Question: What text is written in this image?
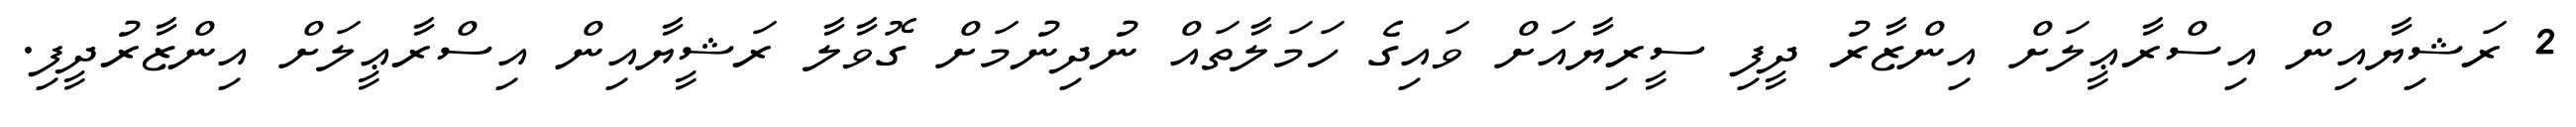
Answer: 2 ރަޝިޔާއިން އިސްރާޢީލަށް އިންޒާރު ދީފި ސީރިޔާއަށް ވައިގެ ހަމަލާތައް ނުދިނުމަށް ގޮވާލާ ރަޝީޔާއިން އިސްރާޢީލަށް އިންޒާރުދީފި.